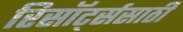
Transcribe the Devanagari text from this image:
रिसॉर्ट्ससाठी